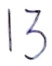
Text: 13